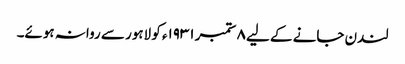
لندن جانے کے لیے ٨ ستمبر ١٩٣١ء کو لاہور سے روانہ ہوئے۔